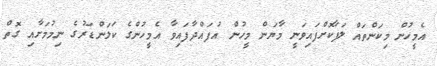
އެމީހުން މިކަންތައް ލަފާކޮށްފައިވަނީ މާޔަން މީހުން އުފައްދާފައިވާ އެމީހުންގެ ކަލަންޑަރުގެ ނިމުމަށާއި ގޮތް